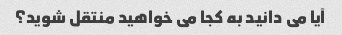
آیا می دانید به کجا می خواهید منتقل شوید؟